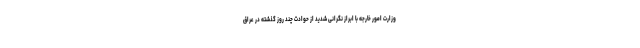
وزارت امور خارجه با ابراز نگرانی شدید از حوادث چند روز گذشته در عراق